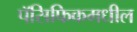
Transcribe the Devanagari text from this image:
पॅसिफिकमधील